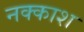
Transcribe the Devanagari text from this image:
नक्‍काश